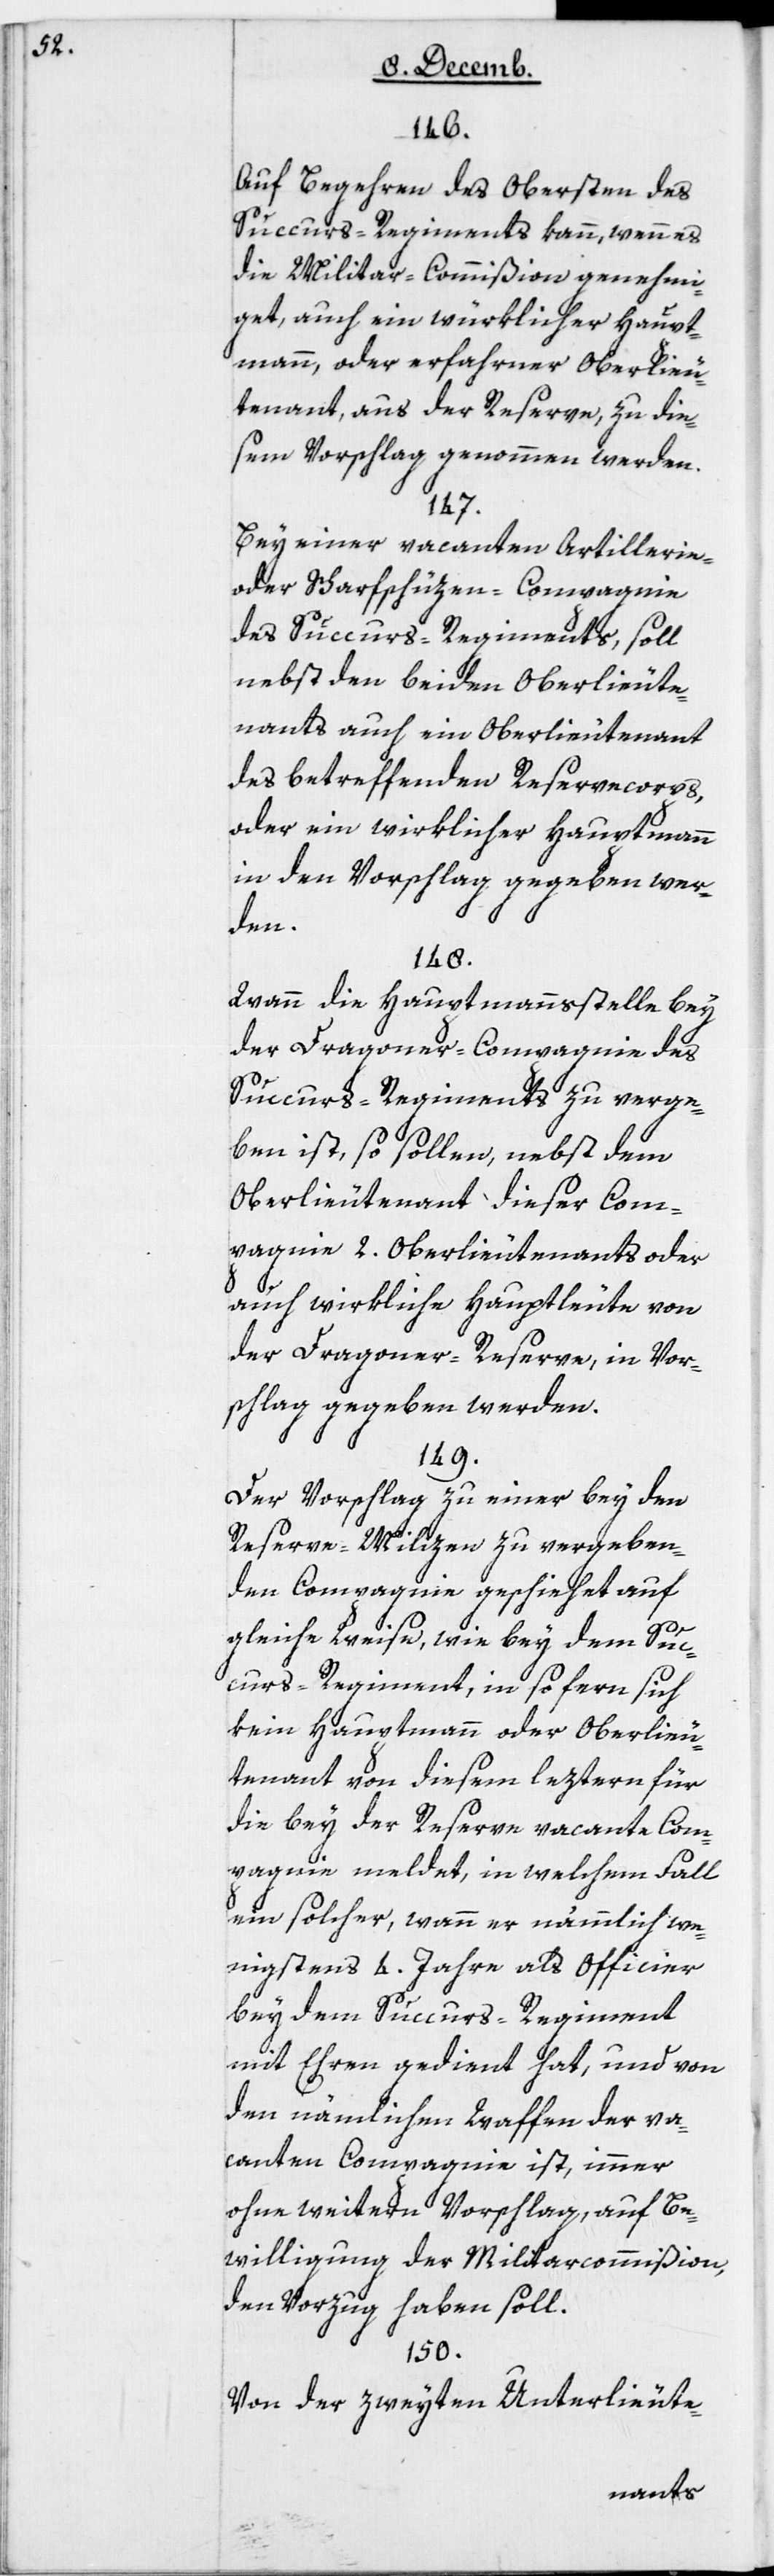
146.
Auf Begehren des Obersten des
Succurs-Regiments kann, wenn es
die Militarcommißion genehmi¬
get, auch ein würklicher Haupt¬
mann oder erfahrner Oberlieu¬
tenant aus der Reserve, zu die¬
sem Vorschlag genommen werden.
147.
Bey einer vacanten Artillerie-
oder Scharfschüzen-Compagnie
des Succurs-Regiments, soll
nebst den beyden Oberlieute¬
nants auch ein Oberlieutenant
des betreffenden Reservecorps,
oder ein wirklicher Hauptmann
in den Vorschlag gegeben wer¬
den.
148.
Wann die Hauptmannstelle bey
der Dragoner-Compagnie des
Succurs-Regiments zu verge¬
ben ist, so sollen, nebst dem
Oberlieutenant dieser Com¬
pagnie zwey Oberlieutenants oder
auch wirkliche Hauptleute von
der Dragoner-Reserve, in Vor¬
schlag gegeben werden.
149.
Der Vorschlag zu einer bey den
Reserve-Milizen zu vergeben¬
den Compagnie geschiehet auf
gleiche Weise, wie bey dem Suc¬
curs-Regiment, in so fern sich
kein Hauptmann oder Oberlieu¬
tenant von diesem letztern für
die bey der Reserve vacante Com¬
pagnie meldet, in welchem Fall
ein solcher, wann er nämmlich we¬
nigstens 4 Jahre als Officier
bey dem Succurs-Regiment
mit Ehren gedient hat, und von
den nämlichen Waffen der va¬
canten Compagnie ist, immer
ohne weitern Vorschlag auf Be¬
willigung der Militarcommißion,
den Vorzug haben soll.
150.
Von der zweyten Unterlieute-